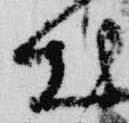
出